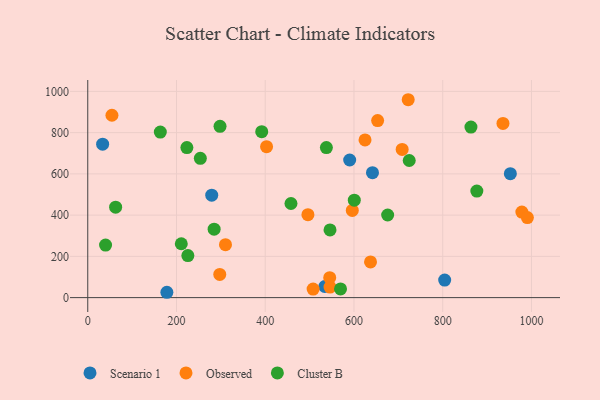
{"axis": {"x": "Ad Spend", "y": "Salary"}, "legend": ["Cluster B", "Observed", "Scenario 1"], "data": [{"x": "33.5", "y": 744.0, "type": "Scenario 1"}, {"x": "804.4", "y": 84.9, "type": "Scenario 1"}, {"x": "534.2", "y": 54.0, "type": "Scenario 1"}, {"x": "952.4", "y": 601.2, "type": "Scenario 1"}, {"x": "590.3", "y": 667.4, "type": "Scenario 1"}, {"x": "279.4", "y": 496.7, "type": "Scenario 1"}, {"x": "641.7", "y": 605.7, "type": "Scenario 1"}, {"x": "178.3", "y": 25.9, "type": "Scenario 1"}, {"x": "978.4", "y": 415.0, "type": "Observed"}, {"x": "403.0", "y": 732.1, "type": "Observed"}, {"x": "54.5", "y": 884.3, "type": "Observed"}, {"x": "935.8", "y": 844.8, "type": "Observed"}, {"x": "297.5", "y": 112.3, "type": "Observed"}, {"x": "624.9", "y": 764.6, "type": "Observed"}, {"x": "546.0", "y": 51.1, "type": "Observed"}, {"x": "596.2", "y": 422.9, "type": "Observed"}, {"x": "722.2", "y": 959.6, "type": "Observed"}, {"x": "653.3", "y": 858.4, "type": "Observed"}, {"x": "545.3", "y": 96.7, "type": "Observed"}, {"x": "496.2", "y": 402.1, "type": "Observed"}, {"x": "637.3", "y": 173.3, "type": "Observed"}, {"x": "990.8", "y": 388.0, "type": "Observed"}, {"x": "507.9", "y": 41.3, "type": "Observed"}, {"x": "708.6", "y": 718.8, "type": "Observed"}, {"x": "310.4", "y": 256.6, "type": "Observed"}, {"x": "569.7", "y": 42.2, "type": "Cluster B"}, {"x": "863.6", "y": 826.9, "type": "Cluster B"}, {"x": "210.8", "y": 261.2, "type": "Cluster B"}, {"x": "392.1", "y": 804.6, "type": "Cluster B"}, {"x": "876.9", "y": 516.4, "type": "Cluster B"}, {"x": "724.5", "y": 664.9, "type": "Cluster B"}, {"x": "163.5", "y": 802.8, "type": "Cluster B"}, {"x": "62.8", "y": 438.6, "type": "Cluster B"}, {"x": "675.9", "y": 400.5, "type": "Cluster B"}, {"x": "458.0", "y": 456.5, "type": "Cluster B"}, {"x": "546.0", "y": 328.1, "type": "Cluster B"}, {"x": "253.7", "y": 675.6, "type": "Cluster B"}, {"x": "284.8", "y": 332.0, "type": "Cluster B"}, {"x": "40.1", "y": 254.8, "type": "Cluster B"}, {"x": "225.6", "y": 203.7, "type": "Cluster B"}, {"x": "223.4", "y": 727.5, "type": "Cluster B"}, {"x": "537.8", "y": 727.8, "type": "Cluster B"}, {"x": "298.1", "y": 830.5, "type": "Cluster B"}, {"x": "600.7", "y": 472.3, "type": "Cluster B"}]}